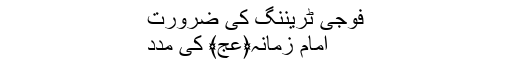
فوجی ٹریننگ کی ضرورت
امام زمانہ﴿عج﴾ کی مدد